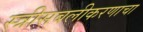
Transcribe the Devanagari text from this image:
स्त्रीसबलीकरणाचा